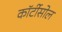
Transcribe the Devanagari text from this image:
कॉर्टीसोल